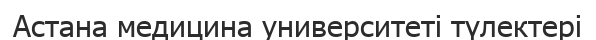
Астана медицина университеті түлектері